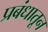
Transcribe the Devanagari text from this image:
प्रबंधातून